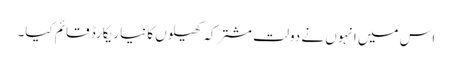
اس میں انہوں نے دولت مشترکہ کھیلوں کا نیا ریکارڈ قائم کیا۔